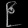
Digit: ၉